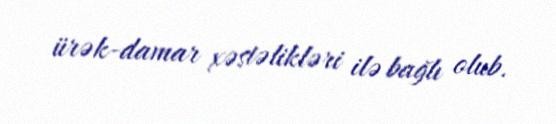
ürək-damar xəstəlikləri ilə bağlı olub.